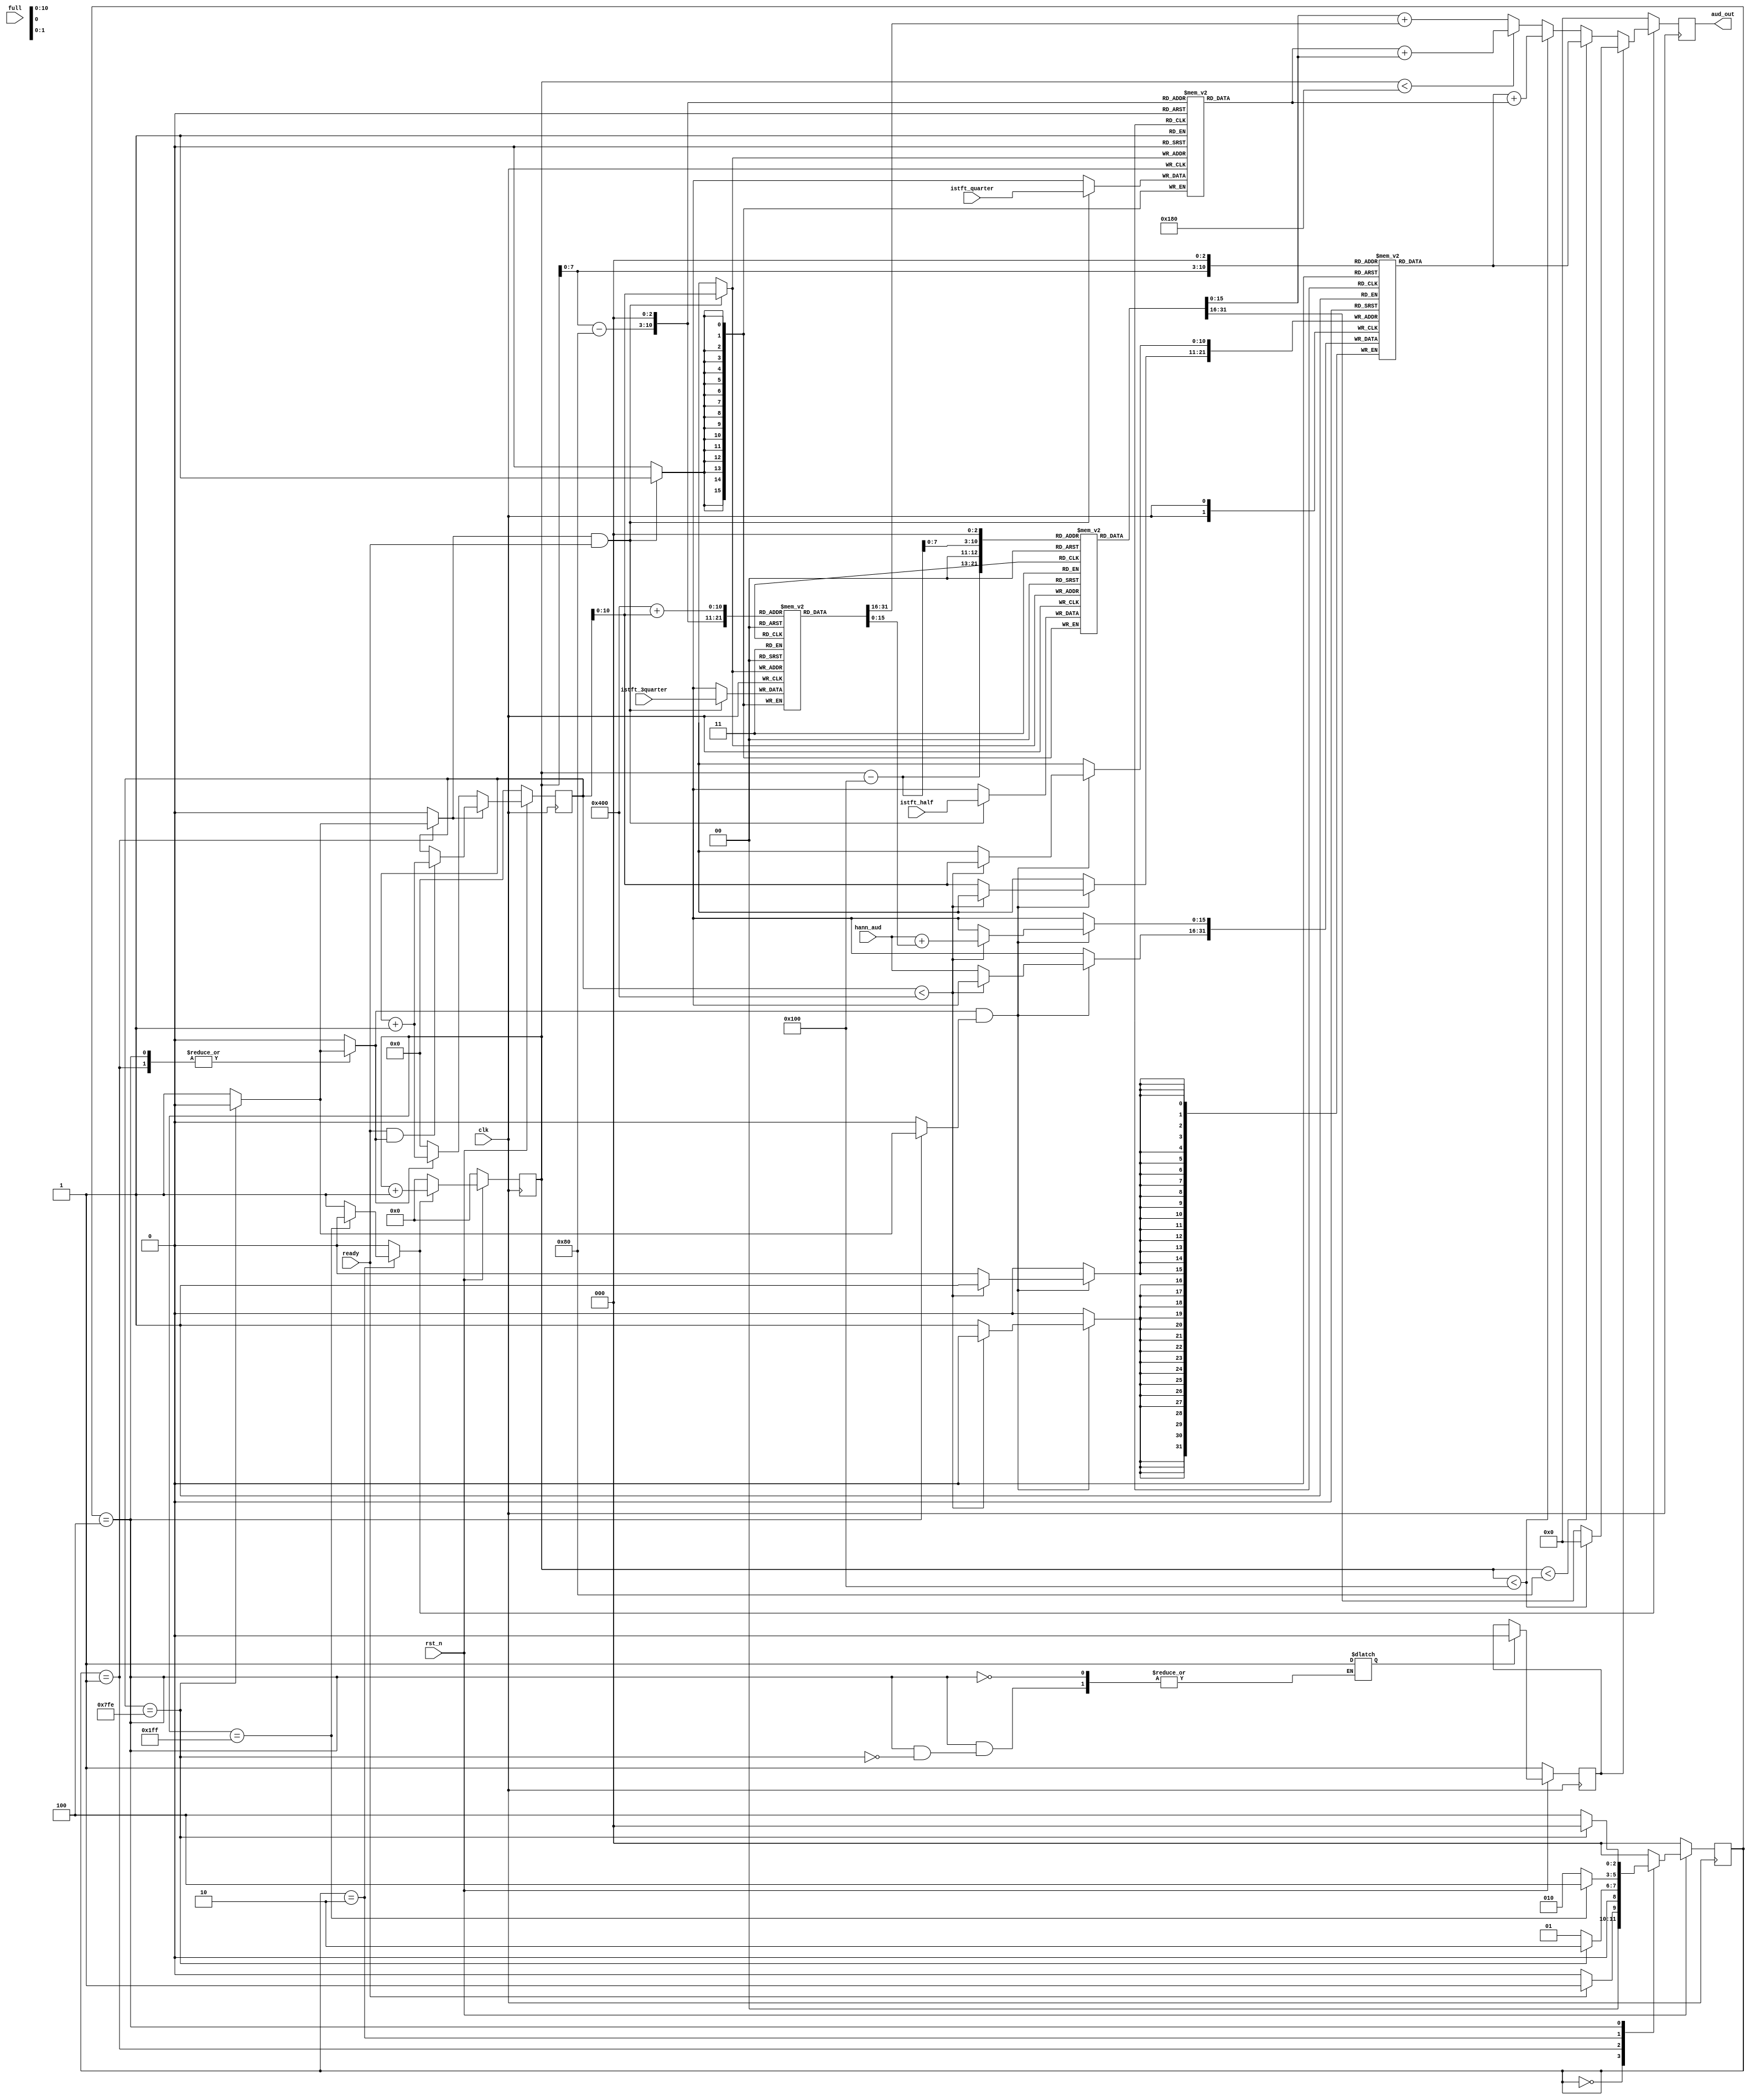
module OCT_p3 ( // Octave +3 : has H_s = 1024
    input clk,
    input rst_n,
    input full, // Notify when to start shifting in windowed coeffs
    input ready, // Notify when audio samples ready from ISTFT
    //output reg start_fill, // Tell SPU when ISTFT unit can start reading
    input signed [15:0] istft_quarter, // Audio signal with 0.25:0.75 avg coeffs
    input signed [15:0] istft_half, // 0.5:0.5
    input signed [15:0] istft_3quarter, // 0.75:0.25
    input signed [15:0] hann_aud, // Can use right away
    output reg signed [15:0] aud_out
);

// Store current audio state buffer (store accum samples)
reg signed [15:0] curr_cb [0:2047];

// Store ISTFT output (incoming processed audio)
reg signed [15:0] istft_quarter_cb [0:2047];
reg signed [15:0] istft_half_cb [0:2047];
reg signed [15:0] istft_3quarter_cb [0:2047];

reg [11:0] buf_count = 12'd0;

reg shft_sig = 1'b0; // Decide when to fill windowed buffer
reg inc_sample = 1'b0; // Increment the current output sample index
reg set_is_undef = 1'b0; // Clear the undefined signal when buffer filled
reg is_undef = 1'b1; // Detect if buffer has been filled yet
reg buf_fill = 1'b0; // When to start filling direct audio buffer
reg istft_fill = 1'b0; // When to fill ISTFT samples buffer

// So... why use a flop to decide
// if memory is unassigned or not?
// I could have used extra FSM states,
// but this actually is lower area/power.
// Not the most elegant implementation though.
always @(posedge clk) begin
    if (~rst_n)
        is_undef <= 1'b1;
    else if (set_is_undef)
        is_undef <= is_undef & 1'b0;
end

// Keep track of where we are while prefetching
reg [8:0] curr_sample = 9'd0;

always @(posedge clk) begin
    if (~rst_n)
        curr_sample <= 9'd0;
    else if (inc_sample)
        curr_sample <= curr_sample + 9'd1;
    else
        curr_sample <= 9'd0;
end

// Spit out every 4th buffer content when prefetching
always @(posedge clk) begin
    if (inc_sample) begin
        if (is_undef) begin
            if (curr_sample < 9'd256)
                aud_out <= 16'h0000;
            else
                aud_out <= istft_half_cb[{(curr_sample - 9'd256), 2'b00}];
        end else begin
            if (curr_sample < 9'd128)
                aud_out <= curr_cb[{curr_sample, 3'b000}];
            else if (curr_sample < 9'd256)
                aud_out <= curr_cb[{curr_sample, 3'b000}] + istft_quarter_cb[{(curr_sample - 9'd128), 3'b000}];
            else if (curr_sample < 9'd384)
                aud_out <= istft_quarter_cb[{(curr_sample - 9'd128), 3'b000}] +
                            istft_half_cb[{(curr_sample - 9'd256), 3'b000}];
            else
                aud_out <= istft_half_cb[{(curr_sample - 9'd256), 3'b000}] +
                            istft_3quarter_cb[{(curr_sample - 9'd384), 3'b000}];
        end
    end else
        aud_out <= 16'h0000;
end

// Read in the overlap of ISTFT samples and audio data into the buffer
always @(posedge clk) begin
    if (shft_sig && buf_fill) begin
        if (buf_count < 12'd1024)
            curr_cb[buf_count] <= hann_aud + istft_3quarter_cb[12'd1024 + buf_count];
        else
            curr_cb[buf_count] <= hann_aud;
    end
end

always @(posedge clk) begin
    if (~rst_n)
        buf_count <= 12'd0;
    else if (istft_fill) begin
        if (ready && shft_sig)
            buf_count <= buf_count + 1;
    end else if (shft_sig)
        buf_count <= buf_count + 1;
    else
        buf_count <= 12'd0;
end

always @(posedge clk) begin
    if (istft_fill && ready) begin
        istft_quarter_cb[buf_count] <= istft_quarter;
        istft_half_cb[buf_count] <= istft_half;
        istft_3quarter_cb[buf_count] <= istft_3quarter;
    end
end

localparam WAIT = 3'b000;
localparam READ = 3'b001;
localparam PFTC = 3'b010;
localparam IDLE = 3'b011;
localparam SHFT = 3'b100;

reg [2:0] state = WAIT;
reg [2:0] nxt_state = WAIT;

// STFT state machine
always @(posedge clk) begin
    if (~rst_n)
        state <= WAIT;
    else
        state <= nxt_state;
end

// FSM implementation
always @(*) begin
    shft_sig = 1'b0;
    inc_sample = 1'b0;
    istft_fill = 1'b0;
    buf_fill = 1'b0;
    //start_fill = 1'b0;
    nxt_state = WAIT;
    
    case (state)
        // Wait for ISTFT samples
        WAIT : begin
            if (ready) begin
                nxt_state = READ;
            end else begin
                nxt_state = WAIT;
            end
        end
        // Read all 2048 samples in
        READ : begin
            if (buf_count == 12'd2046) begin
                nxt_state = PFTC;
            end else begin
                shft_sig = 1'b1;
                istft_fill = 1'b1;
                nxt_state = READ;
            end
        end
        // Precompute signal output
        PFTC : begin
            if (curr_sample == 9'd511) begin
                //start_fill = 1'b1;
                nxt_state = SHFT;
            end else begin
                nxt_state = PFTC;
                inc_sample = 1'b1;
            end
        end
        // Keep shifting in entire buffer
        SHFT : begin
            if (buf_count == 12'd2046) begin
                set_is_undef = 1'b1;
                nxt_state = WAIT;
            end else begin
                shft_sig = 1'b1;
                buf_fill = 1'b1;
                nxt_state = SHFT;
            end
        end
    endcase
end

endmodule